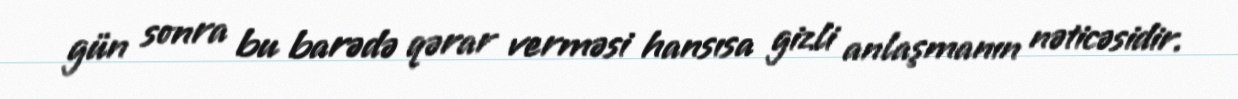
gün sonra bu barədə qərar verməsi hansısa gizli anlaşmanın nəticəsidir.